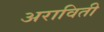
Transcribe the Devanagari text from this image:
अराविती